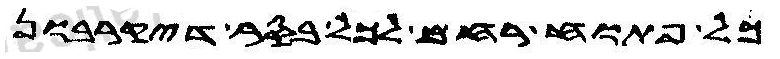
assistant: כל פתוח רחם לכל בסר דיקרבון